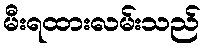
မီးရထားလမ်းသည်